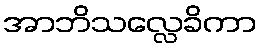
အာဘိသလ္လေခိကာ